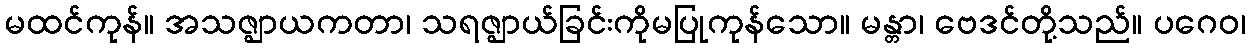
မထင်ကုန်။ အသဇ္ဈာယကတာ၊ သရဇ္ဈာယ်ခြင်းကိုမပြုကုန်သော။ မန္တာ၊ ဗေဒင်တို့သည်။ ပဂေဝ၊